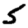
Digit: 5